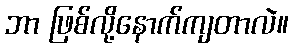
ဘာ ဖြစ်လို့နောက်ကျတာလဲ။